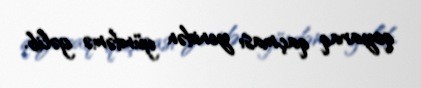
qoyaraq qaçması yenidən gündəmə gəlib.